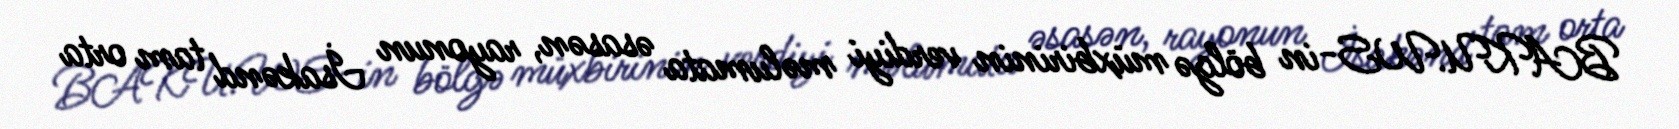
BAKU.WS-in bölgə müxbirinin verdiyi məlumata əsasən, rayonun İsakənd tam orta